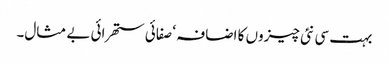
بہت سی نئی چیزوں کا اضافہ ‘ صفائی ستھرائی بے مثال۔